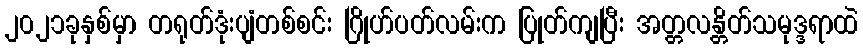
၂၀၂၁ခုနှစ်မှာ တရုတ်ဒုံးပျံတစ်စင်း ဂြိုဟ်ပတ်လမ်းက ပြုတ်ကျပြီး အတ္တလန္တိတ်သမုဒ္ဒရာထဲ